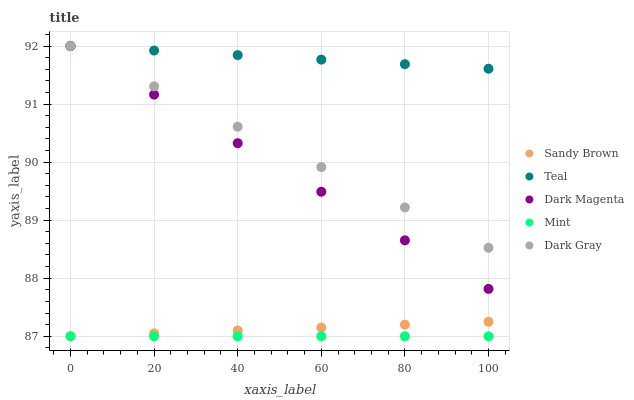
| xaxis_label | Sandy Brown | Teal | Dark Magenta | Mint | Dark Gray |
 | --- | --- | --- | --- | --- | --- |
 | 0 | 87 | 92 | 92 | 87 | 92 |
 | 20 | 87 | 91.9 | 91.2 | 87 | 91.3 |
 | 40 | 87.1 | 91.8 | 90.3 | 87 | 90.6 |
 | 60 | 87.1 | 91.8 | 89.5 | 87 | 89.9 |
 | 80 | 87.2 | 91.7 | 88.7 | 87 | 89.2 |
 | 100 | 87.2 | 91.6 | 87.8 | 87 | 88.5 |